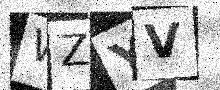
Text: WZYV